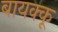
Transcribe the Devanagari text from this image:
बायक्कू